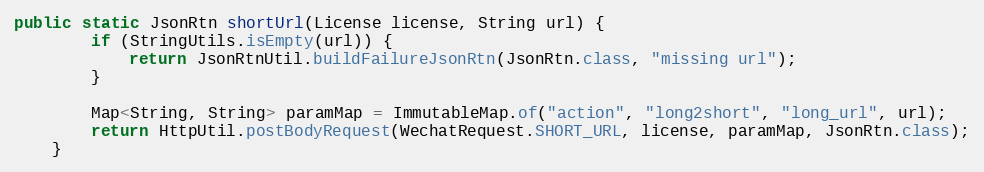
Language: Java
public static JsonRtn shortUrl(License license, String url) {
        if (StringUtils.isEmpty(url)) {
            return JsonRtnUtil.buildFailureJsonRtn(JsonRtn.class, "missing url");
        }

        Map<String, String> paramMap = ImmutableMap.of("action", "long2short", "long_url", url);
        return HttpUtil.postBodyRequest(WechatRequest.SHORT_URL, license, paramMap, JsonRtn.class);
    }